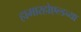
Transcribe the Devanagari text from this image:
हामारहोएल्डच्या